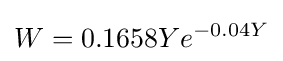
W=0.1658Ye^{-0.04Y}